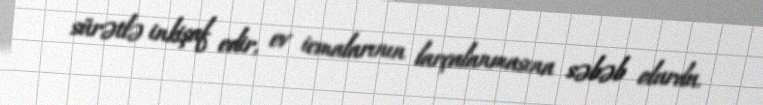
sürətlə inkişaf edir, ev icmalarının larçalanmasına səbəb olurdu.